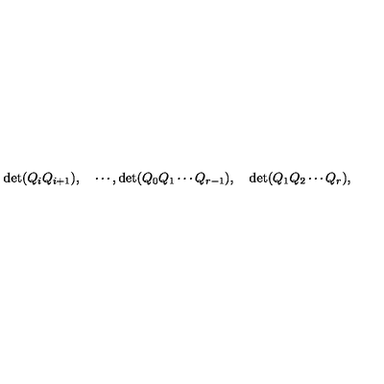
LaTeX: \quad \mathrm { d e t } ( Q _ { i } Q _ { i + 1 } ) , \quad \cdots , \mathrm { d e t } ( Q _ { 0 } Q _ { 1 } \cdots Q _ { r - 1 } ) , \quad \mathrm { d e t } ( Q _ { 1 } Q _ { 2 } \cdots Q _ { r } ) ,